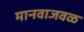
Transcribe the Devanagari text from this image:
मानवाजवळ